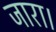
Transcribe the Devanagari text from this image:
जारा।